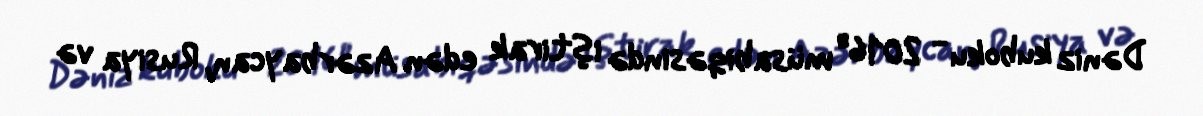
Dəniz kuboku - 2016" müsabiqəsində iştirak edən Azərbaycan, Rusiya və